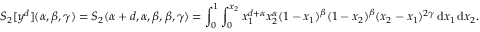
S _ { 2 } [ y ^ { d } ] ( \alpha , \beta , \gamma ) = S _ { 2 } ( \alpha + d , \alpha , \beta , \beta , \gamma ) = \int _ { 0 } ^ { 1 } \int _ { 0 } ^ { x _ { 2 } } x _ { 1 } ^ { d + \alpha } x _ { 2 } ^ { \alpha } ( 1 - x _ { 1 } ) ^ { \beta } ( 1 - x _ { 2 } ) ^ { \beta } ( x _ { 2 } - x _ { 1 } ) ^ { 2 \gamma } \, \mathrm { d } x _ { 1 } \, \mathrm { d } x _ { 2 } .